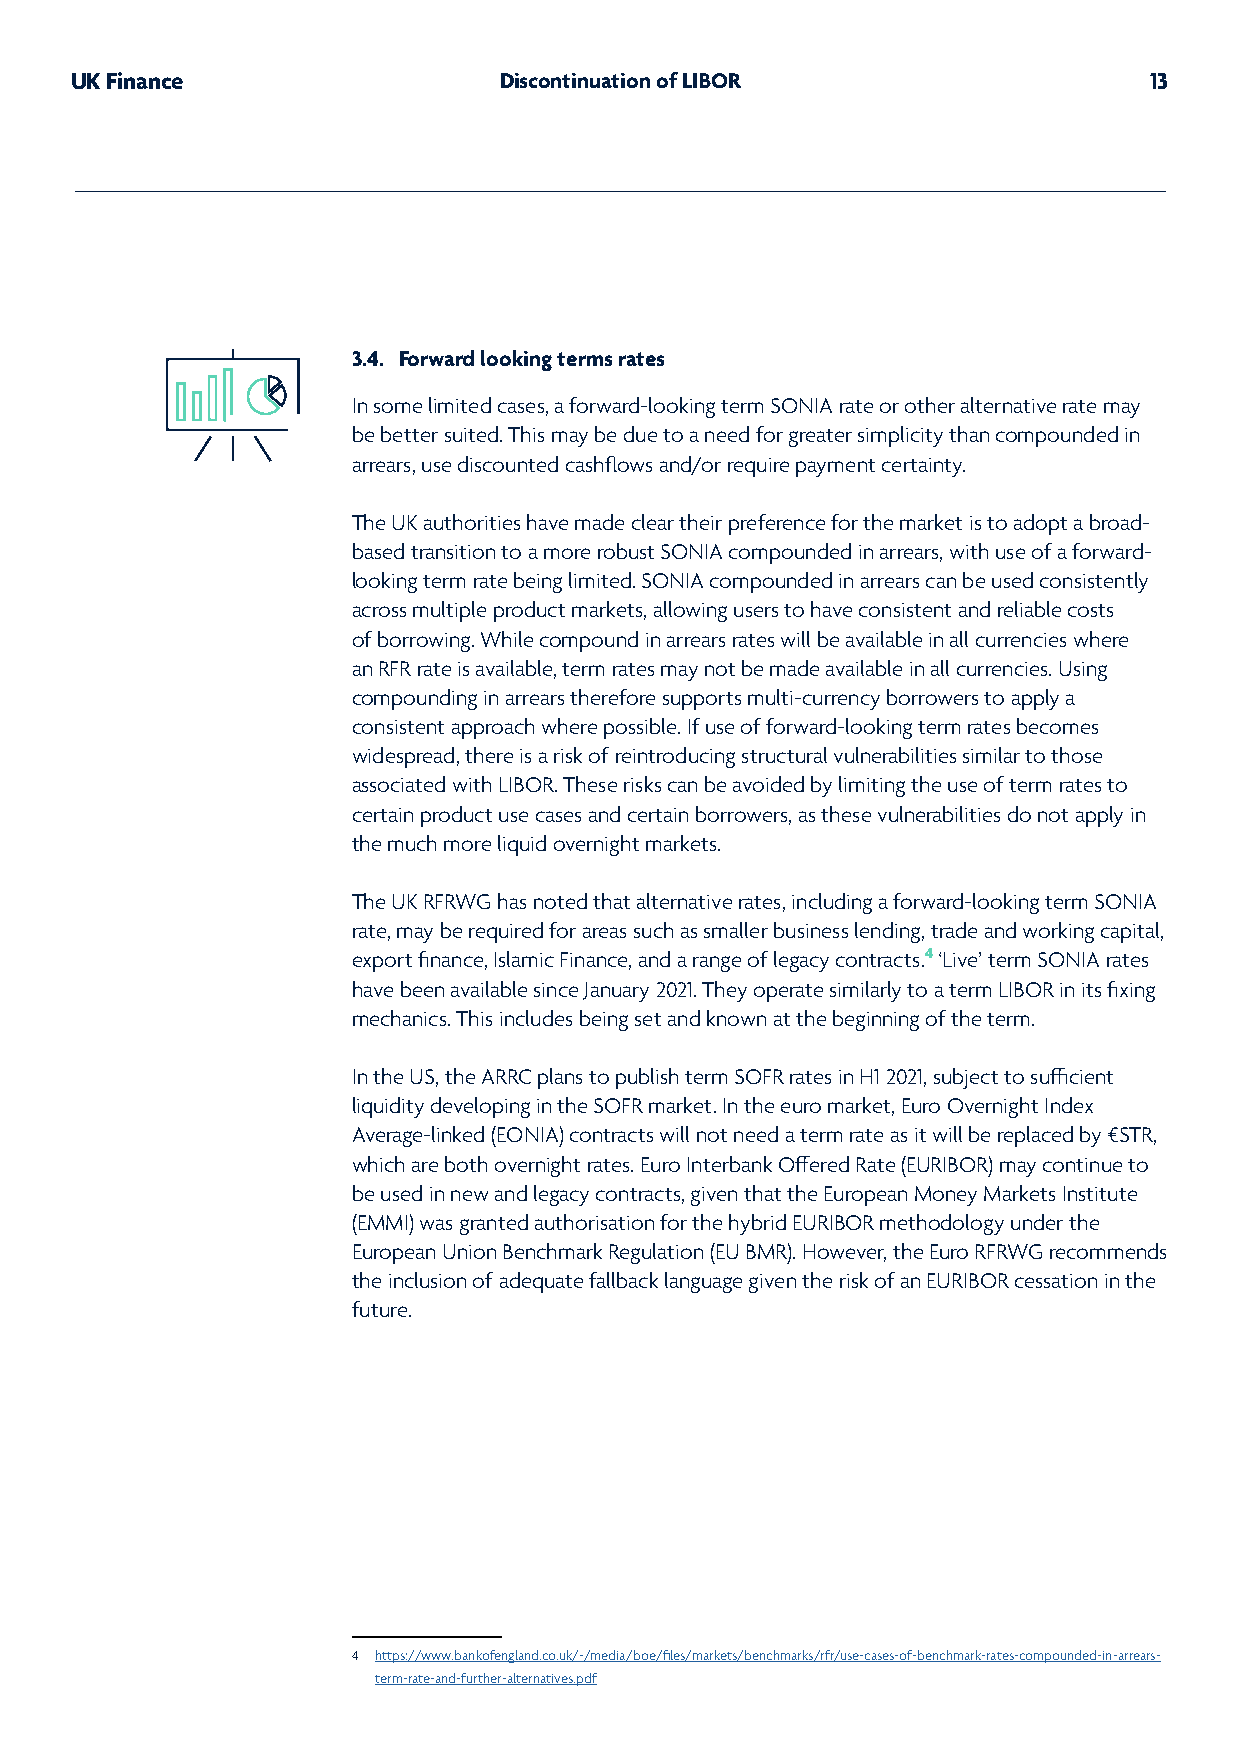
UK Finance                  Discontinuation of LIBOR                   13
 3.4. Forward looking terms rates
 In some limited cases, a forward-looking term SONIA rate or other alternative rate may
 be better suited. This may be due to a need for greater simplicity than compounded in
 arrears, use discounted cashflows and/or require payment certainty.
 The UK authorities have made clear their preference for the market is to adopt a broad-
 based transition to a more robust SONIA compounded in arrears, with use of a forward-
 looking term rate being limited. SONIA compounded in arrears can be used consistently
 across multiple product markets, allowing users to have consistent and reliable costs
 of borrowing. While compound in arrears rates will be available in all currencies where
 an RFR rate is available, term rates may not be made available in all currencies. Using
 compounding in arrears therefore supports multi-currency borrowers to apply a
 consistent approach where possible. If use of forward-looking term rates becomes
 widespread, there is a risk of reintroducing structural vulnerabilities similar to those
 associated with LIBOR. These risks can be avoided by limiting the use of term rates to
 certain product use cases and certain borrowers, as these vulnerabilities do not apply in
 the much more liquid overnight markets.
 The UK RFRWG has noted that alternative rates, including a forward-looking term SONIA
 rate, may be required for areas such as smaller business lending, trade and working capital,
 export finance, Islamic Finance, and a range of legacy contracts.4 ‘Live’ term SONIA rates
 have been available since January 2021. They operate similarly to a term LIBOR in its fixing
 mechanics. This includes being set and known at the beginning of the term.
 In the US, the ARRC plans to publish term SOFR rates in H1 2021, subject to sufficient
 liquidity developing in the SOFR market. In the euro market, Euro Overnight Index
 Average-linked (EONIA) contracts will not need a term rate as it will be replaced by €STR,
 which are both overnight rates. Euro Interbank Offered Rate (EURIBOR) may continue to
 be used in new and legacy contracts, given that the European Money Markets Institute
 (EMMI) was granted authorisation for the hybrid EURIBOR methodology under the
 European Union Benchmark Regulation (EU BMR). However, the Euro RFRWG recommends
 the inclusion of adequate fallback language given the risk of an EURIBOR cessation in the
 future.
 4 https://www.bankofengland.co.uk/-/media/boe/files/markets/benchmarks/rfr/use-cases-of-benchmark-rates-compounded-in-arrears-
 term-rate-and-further-alternatives.pdf